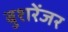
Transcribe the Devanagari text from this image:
बुशरेंजर